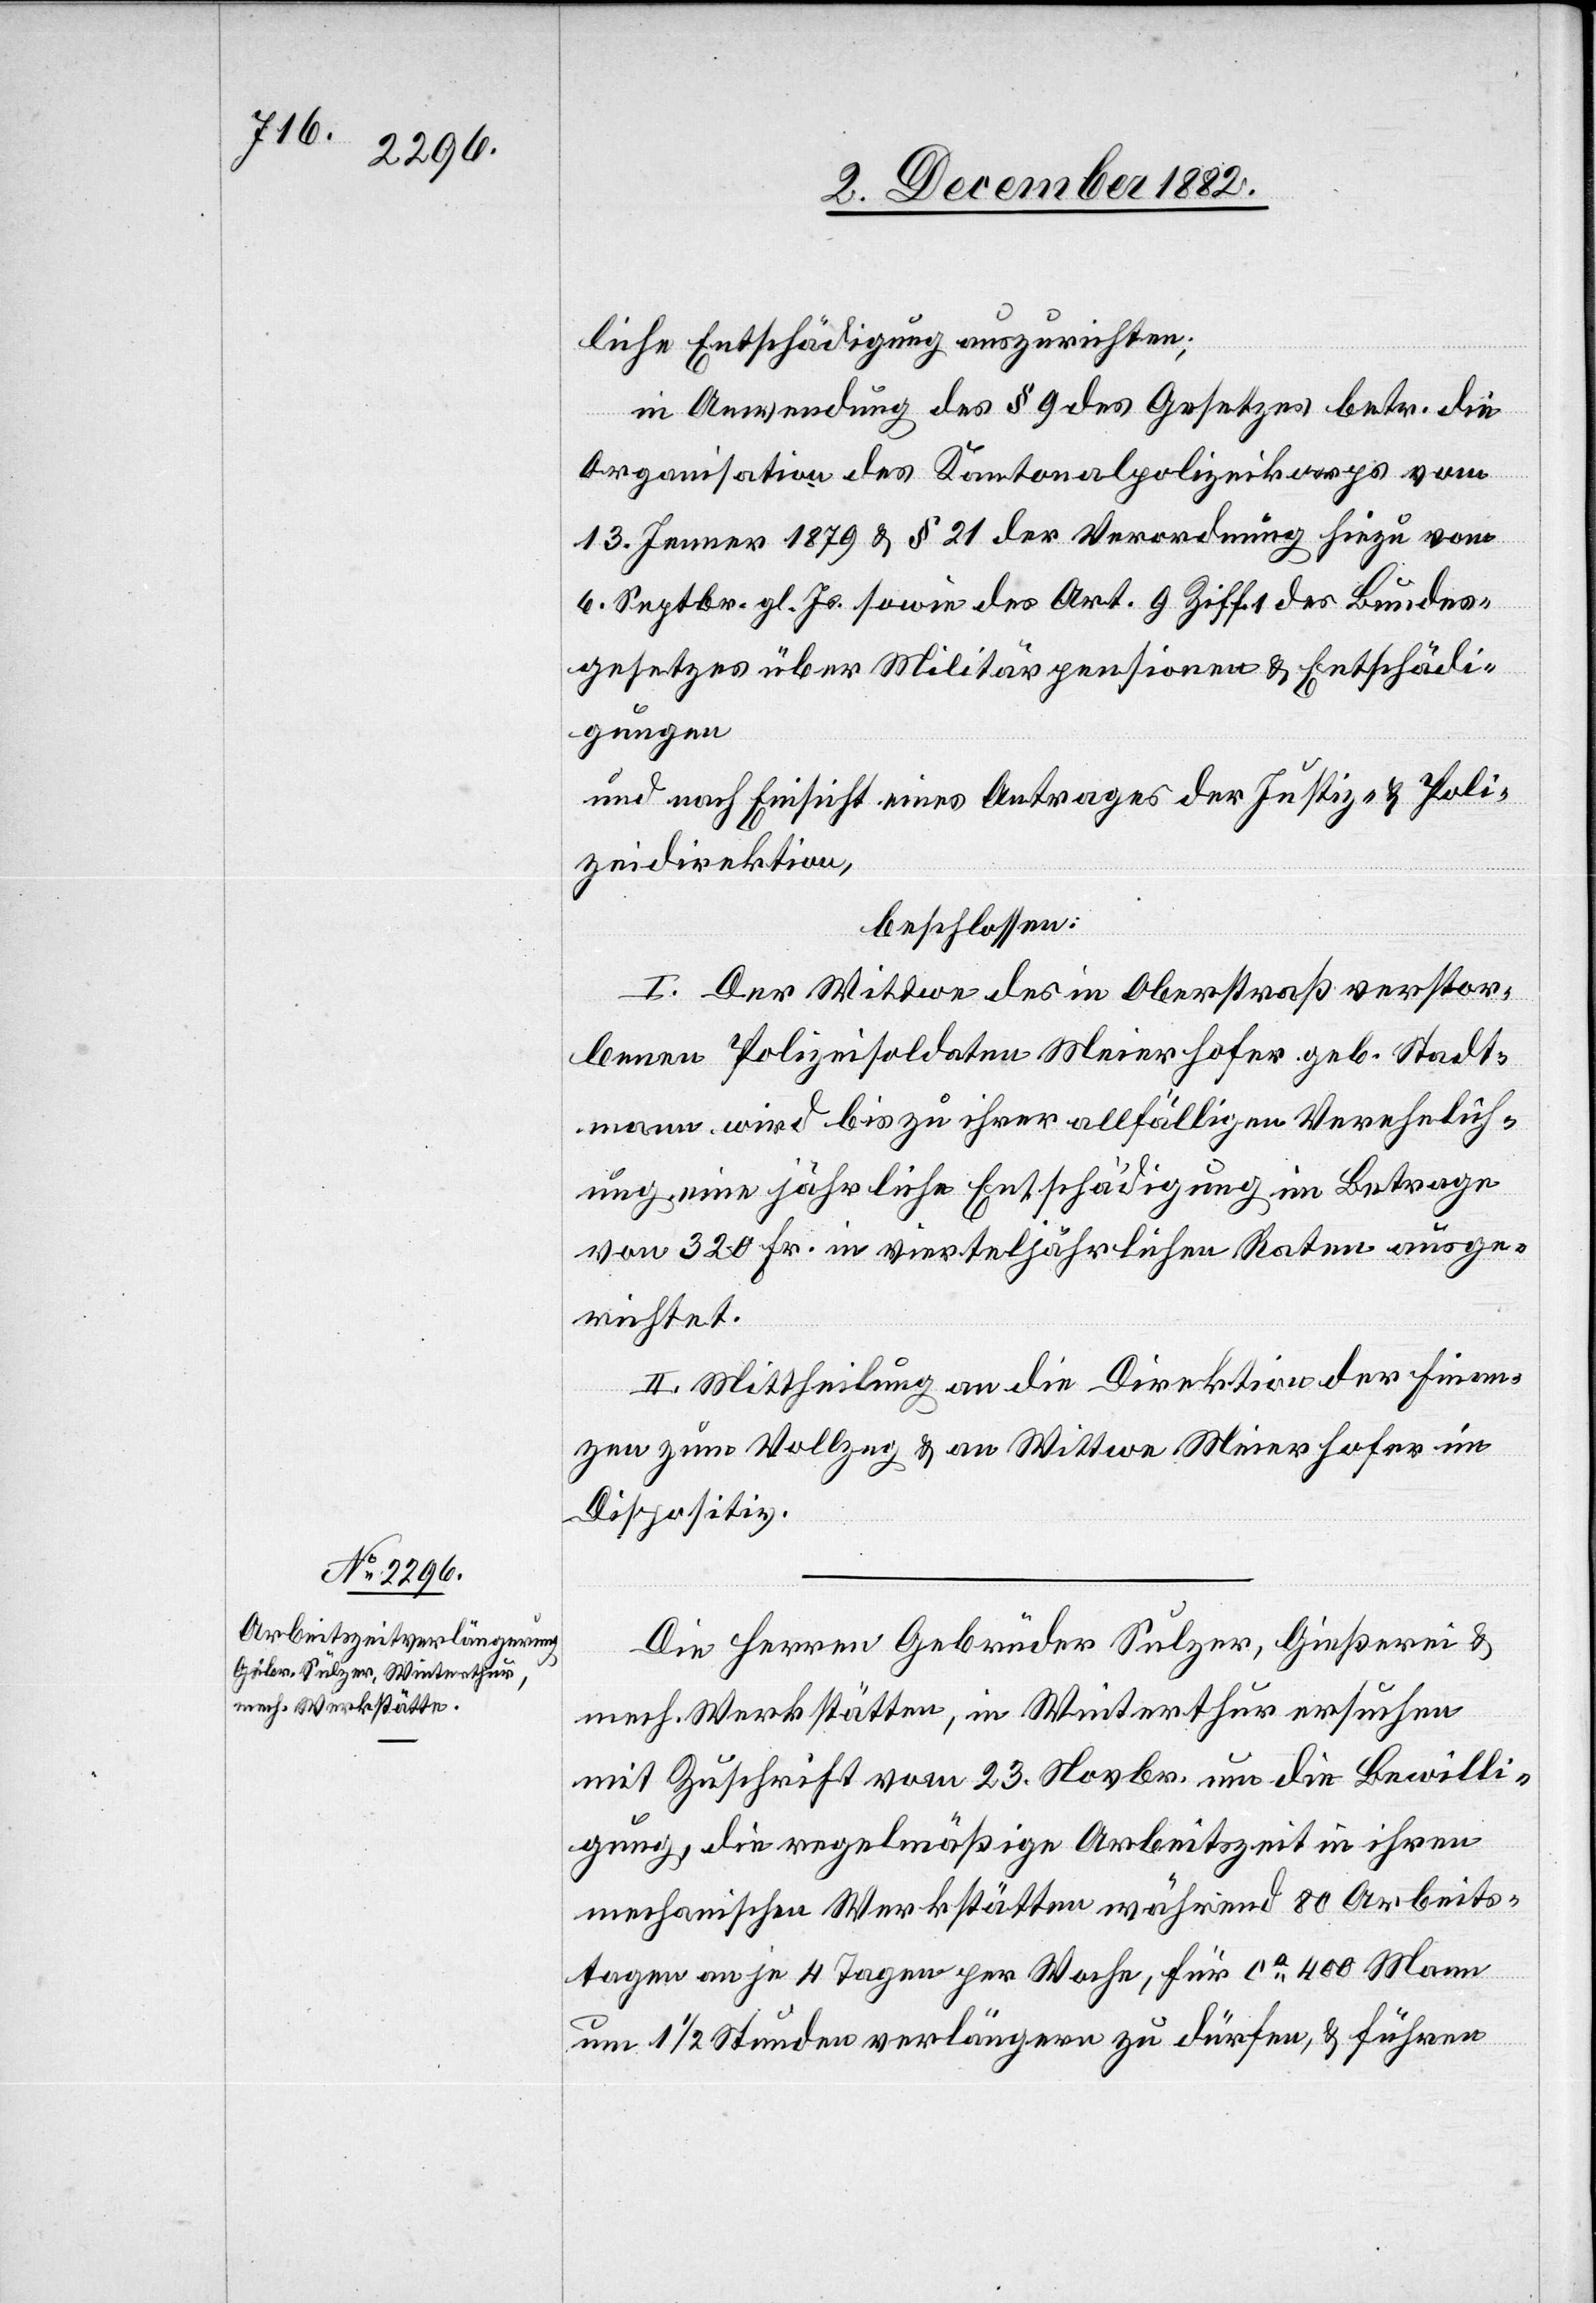
liche Entschädigung auszurichten;
in Anwendung des § 9 des Gesetzes betr. die
Organisation des Kantonalpolizeikorps vom
13. Jenner 1879 & § 21 der Verordnung hiezu vom
6. Septbr. gl. Js. sowie des Art. 9 Ziff. 1 des Bundes¬
gesetzes über Militärpensionen & Entschädi¬
gungen
und nach Einsicht eines Antrages der Justiz- & Poli¬
zeidirektion,
beschlossen:
I. Der Wittwe des in Oberstraß verstor¬
benen Polizeisoldaten Meierhofer geb. Stadt¬
mann, wird bis zu ihrer allfälligen Verehelich¬
ung eine jährliche Entschädigung im Betrage
von 320 Fr. in vierteljährlichen Raten ausge¬
richtet.
II. Mittheilung an die Direktion der Finan¬
zen zum Vollzug & an Wittwe Meierhofer im
Dispositiv.
Die Herren Gebrüder Sulzer, Gießerei &
mech. Werkstätten, in Winterthur ersuchen
mit Zuschrift vom 23. Novbr. um die Bewilli¬
gung, die regelmäßige Arbeitszeit in ihren
mechanischen Werkstätten während 80 Arbeits¬
tagen an je 4 Tagen per Woche, für ca 400 Mann
um 1 1/2 Stunden verlängern zu dürfen, & führen